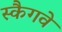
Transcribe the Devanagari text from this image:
स्कैगवे